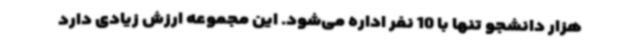
هزار دانشجو تنها با 10 نفر اداره می‌شود. این مجموعه ارزش زیادی دارد